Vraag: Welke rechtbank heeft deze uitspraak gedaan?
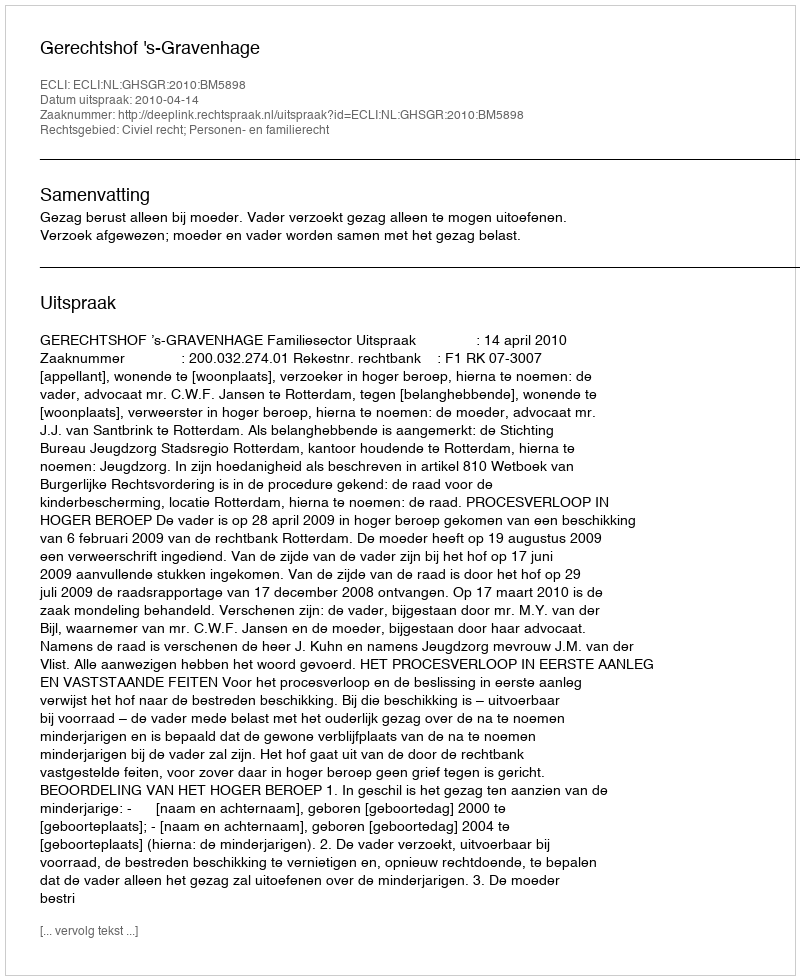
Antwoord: Gerechtshof 's-Gravenhage